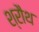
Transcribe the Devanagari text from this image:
श्रौथ